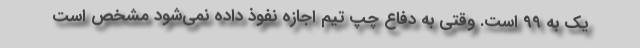
یک به 99 است. وقتی به دفاع چپ تیم اجازه نفوذ داده نمی‌شود مشخص است